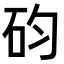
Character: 𥐩